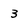
Character: 3